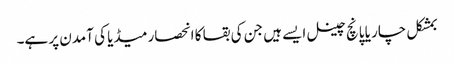
بمشکل چار یا پانچ چینل ایسے ہیں جن کی بقا کا انحصار میڈیا کی آمدن پر ہے۔